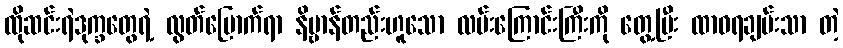
ထိုဆင်းရဲဒုက္ခတွေရဲ့ လွတ်မြောက်ရာ နိဗ္ဗာန်တည်းဟူသော လမ်းကြောင်းကြီးကို တွေ့ပြီး ထာဝရချမ်းသာ တဲ့